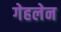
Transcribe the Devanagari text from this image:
गेहलेन